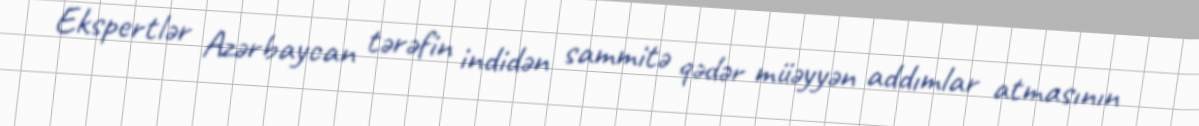
Ekspertlər Azərbaycan tərəfin indidən sammitə qədər müəyyən addımlar atmasının